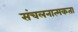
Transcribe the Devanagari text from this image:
संचलनात्मकता